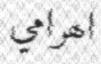
اھرامي